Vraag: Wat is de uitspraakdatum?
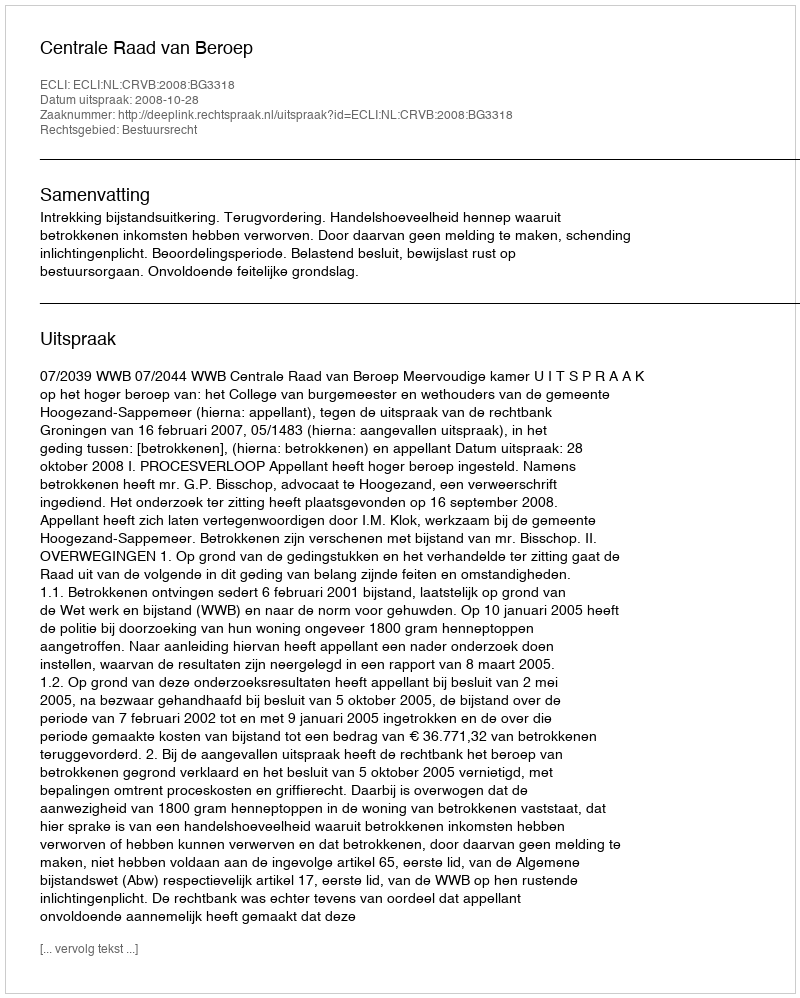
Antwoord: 2008-10-28